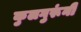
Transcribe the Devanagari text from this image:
कुलगुरूंनी